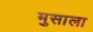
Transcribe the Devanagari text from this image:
मुसाला